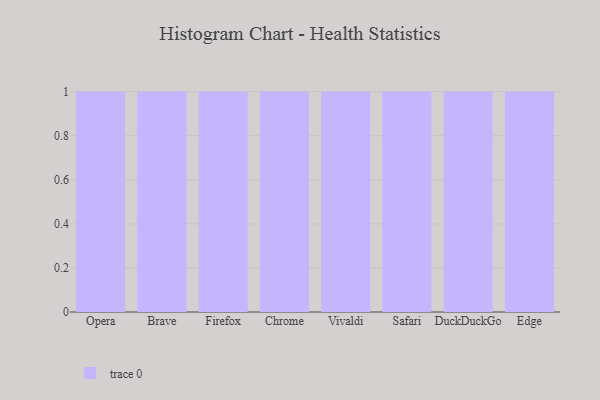
{"axis": {"x": "Browser", "y": "Conversion Rate (%)"}, "legend": [""], "data": [{"x": "Opera", "y": 54, "type": ""}, {"x": "Brave", "y": 98, "type": ""}, {"x": "Firefox", "y": 63, "type": ""}, {"x": "Chrome", "y": 25, "type": ""}, {"x": "Vivaldi", "y": 71, "type": ""}, {"x": "Safari", "y": 79, "type": ""}, {"x": "DuckDuckGo", "y": 31, "type": ""}, {"x": "Edge", "y": 63, "type": ""}]}